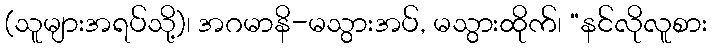
(သူများအရပ်သို့)၊ အဂမာနိ-မသွားအပ်, မသွားထိုက်၊ “နင်လိုလူစား